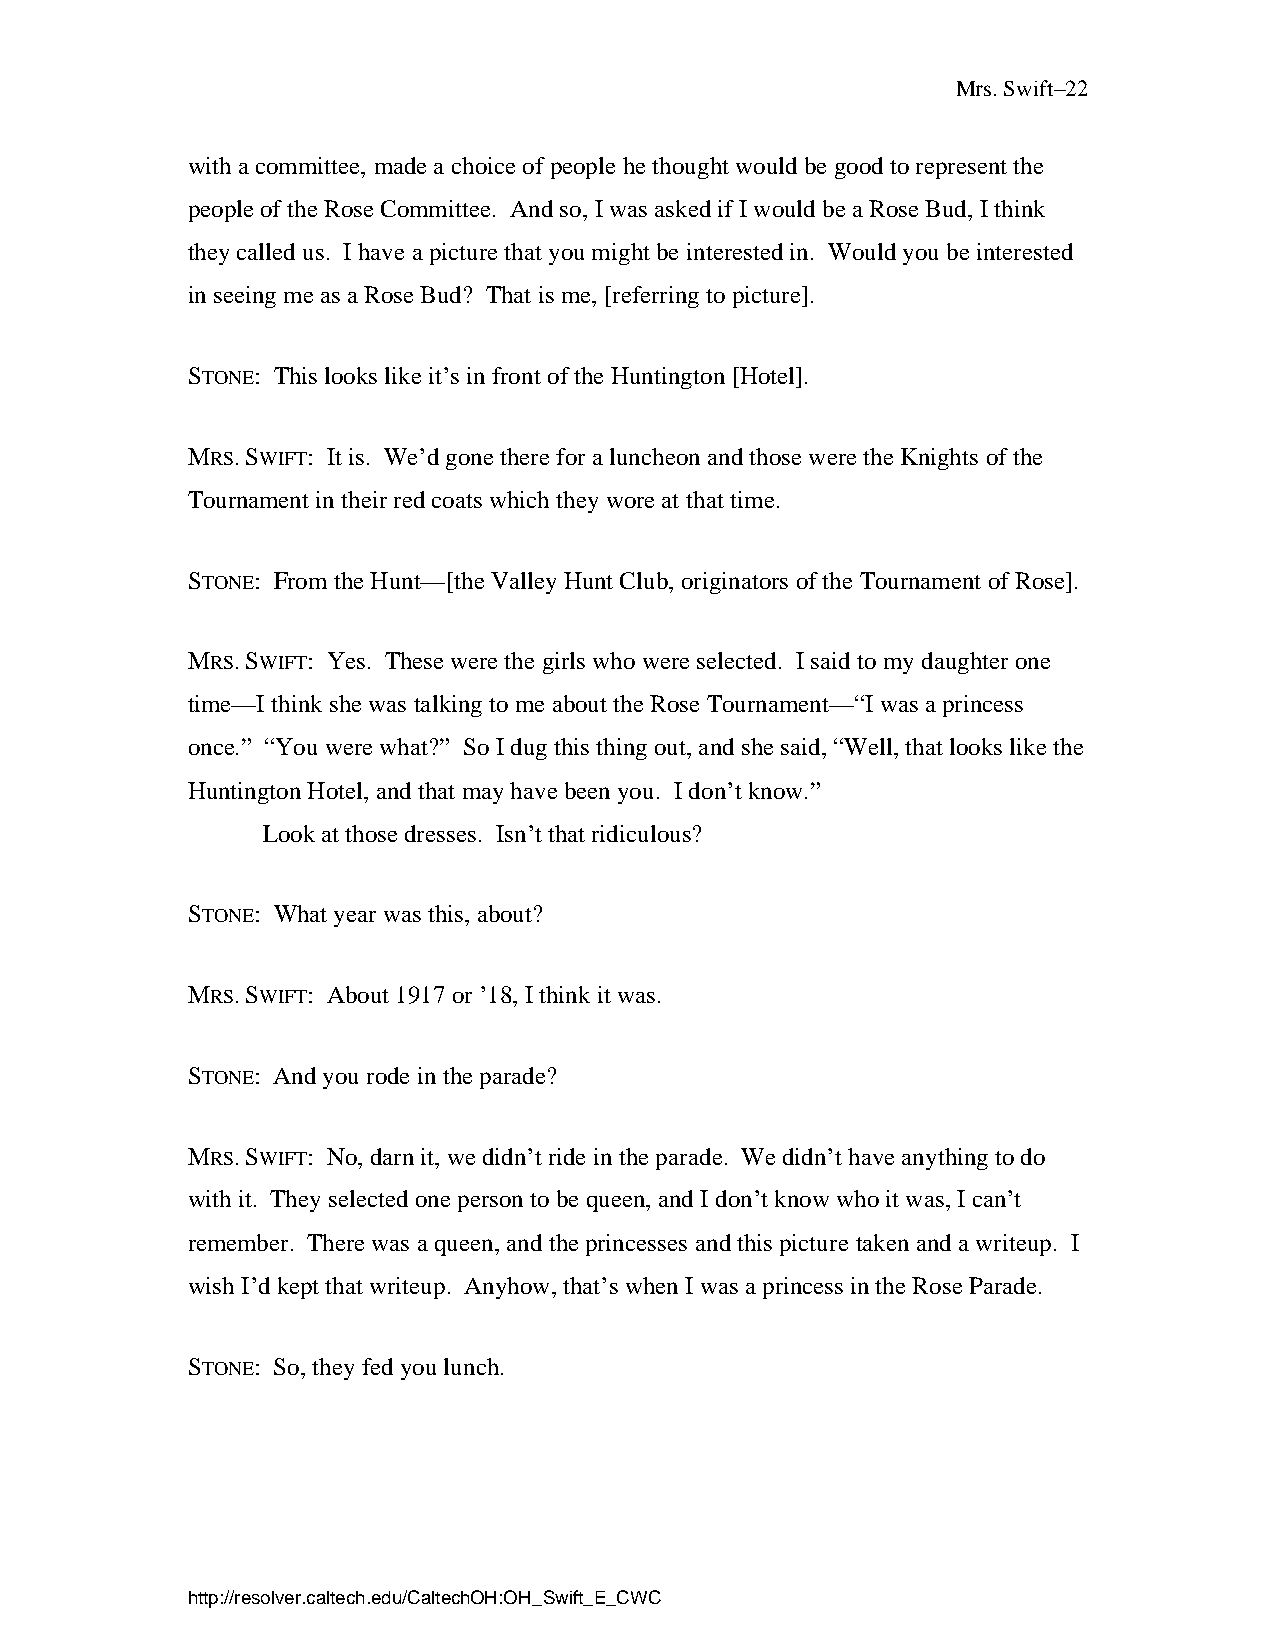
Mrs. Swift–22
 with a committee, made a choice of people he thought would be good to represent the
 people of the Rose Committee. And so, I was asked if I would be a Rose Bud, I think
 they called us. I have a picture that you might be interested in. Would you be interested
 in seeing me as a Rose Bud? That is me, [referring to picture].
 STONE: This looks like it’s in front of the Huntington [Hotel].
 MRS. SWIFT: It is. We’d gone there for a luncheon and those were the Knights of the
 Tournament in their red coats which they wore at that time.
 STONE: From the Hunt—[the Valley Hunt Club, originators of the Tournament of Rose].
 MRS. SWIFT: Yes. These were the girls who were selected. I said to my daughter one
 time—I think she was talking to me about the Rose Tournament—“I was a princess
 once.” “You were what?” So I dug this thing out, and she said, “Well, that looks like the
 Huntington Hotel, and that may have been you. I don’t know.”
 Look at those dresses. Isn’t that ridiculous?
 STONE: What year was this, about?
 MRS. SWIFT: About 1917 or ’18, I think it was.
 STONE: And you rode in the parade?
 MRS. SWIFT: No, darn it, we didn’t ride in the parade. We didn’t have anything to do
 with it. They selected one person to be queen, and I don’t know who it was, I can’t
 remember. There was a queen, and the princesses and this picture taken and a writeup. I
 wish I’d kept that writeup. Anyhow, that’s when I was a princess in the Rose Parade.
 STONE: So, they fed you lunch.
 http://resolver.caltech.edu/CaltechOH:OH_Swift_E_CWC